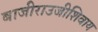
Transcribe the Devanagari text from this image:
बाजीराउजीशिवाय